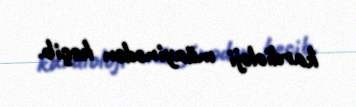
kardioloji müayinədən keçib.